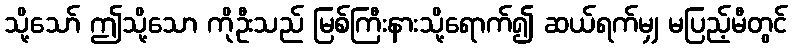
သို့သော် ဤသို့သော ကိုဦးသည် မြစ်ကြီးနားသို့ရောက်၍ ဆယ်ရက်မျှ မပြည့်မီတွင်